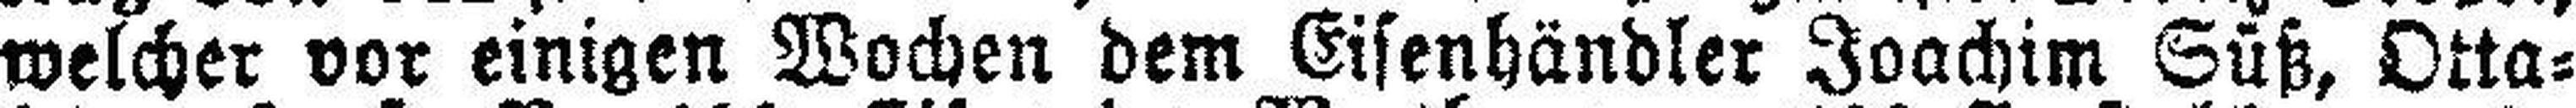
welcher vor einigen Wochen dem Eisenhändler Joachim Süß, Otta¬